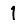
Digit: 1